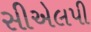
સીએલપી